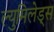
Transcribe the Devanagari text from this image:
ल्युमिलेड्स